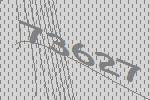
73627